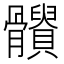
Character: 𩪹